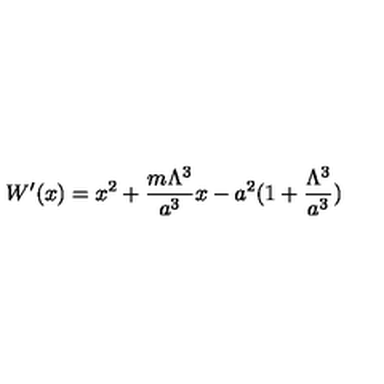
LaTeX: W ^ { \prime } ( x ) = x ^ { 2 } + \frac { m \Lambda ^ { 3 } } { a ^ { 3 } } x - a ^ { 2 } ( 1 + \frac { \Lambda ^ { 3 } } { a ^ { 3 } } )